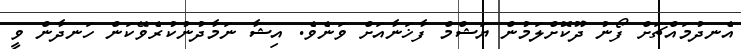
އެނދުމައްޗަށް ފޯނު ދޫކޮށްލަމުން ޔަޝްމް ފާޚަނާއަށް ވަނެވެ. އިޝާ ނަމާދުނުކުރެވޭކަން ހަނދާން ވީ